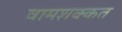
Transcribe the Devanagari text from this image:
वामशक्कत